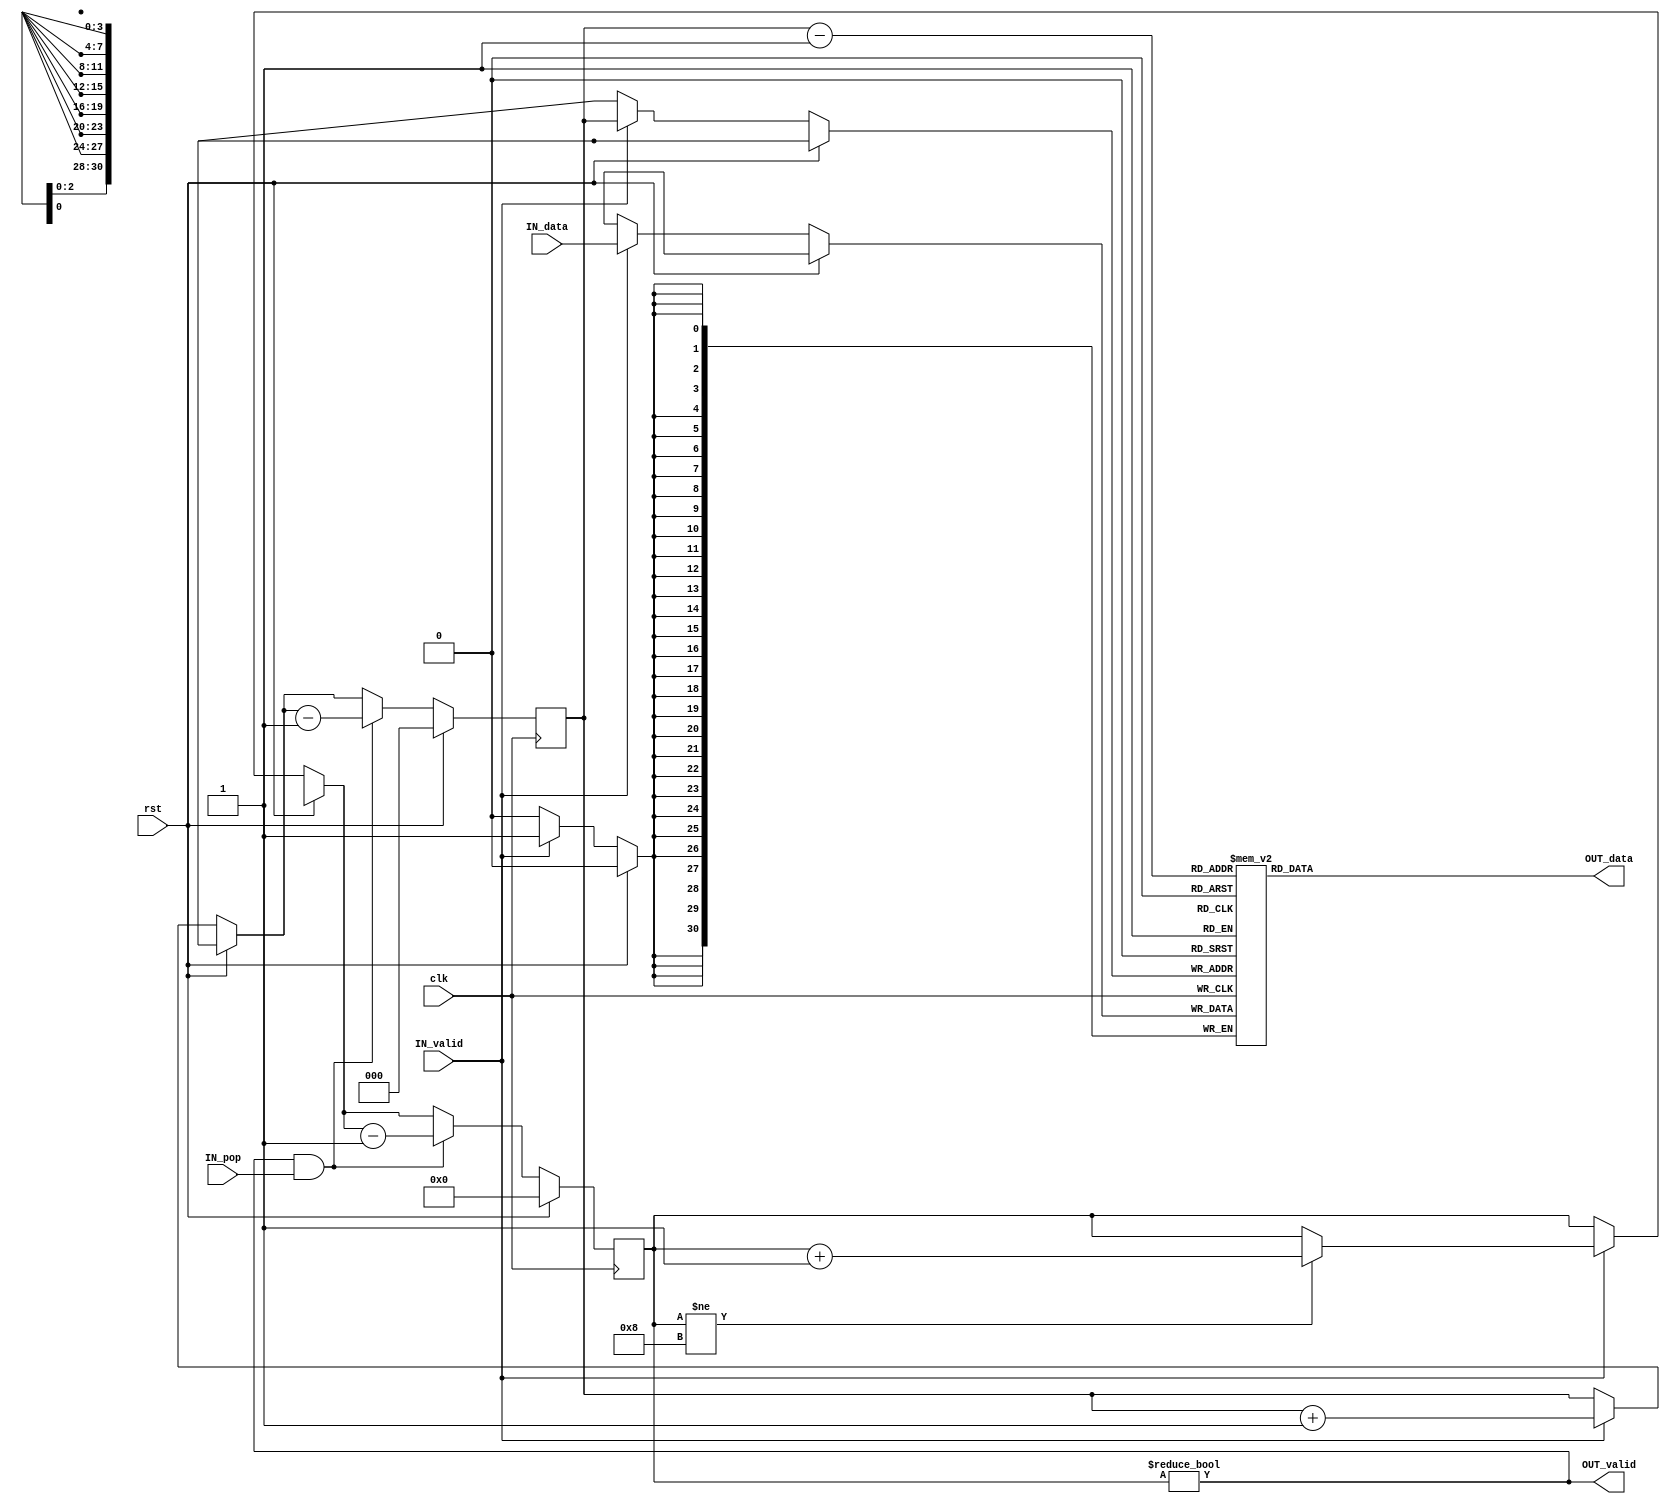
module ReturnStack (
	clk,
	rst,
	IN_valid,
	IN_data,
	OUT_valid,
	IN_pop,
	OUT_data
);
	parameter NUM_ENTRIES = 8;
	input wire clk;
	input wire rst;
	input wire IN_valid;
	input wire [30:0] IN_data;
	output reg OUT_valid;
	input wire IN_pop;
	output reg [30:0] OUT_data;
	reg [30:0] stack [NUM_ENTRIES - 1:0];
	reg [$clog2(NUM_ENTRIES) - 1:0] index;
	reg [$clog2(NUM_ENTRIES):0] numFilled;
	always @(*) begin
		OUT_valid = numFilled != 0;
		OUT_data = stack[index - 1];
	end
	always @(posedge clk)
		if (rst) begin
			index = 0;
			numFilled = 0;
		end
		else begin
			if (IN_valid) begin
				stack[index] <= IN_data;
				index = index + 1;
				if (numFilled != NUM_ENTRIES)
					numFilled = numFilled + 1;
			end
			if (OUT_valid && IN_pop) begin
				index = index - 1;
				numFilled = numFilled - 1;
			end
		end
endmodule